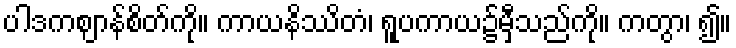
ပါဒကဈာန်စိတ်ကို။ ကာယနိဿိတံ၊ ရူပကာယ၌မှီသည်ကို။ ကတွာ၊ ၍။